Laidoner,_Johan, lk 65
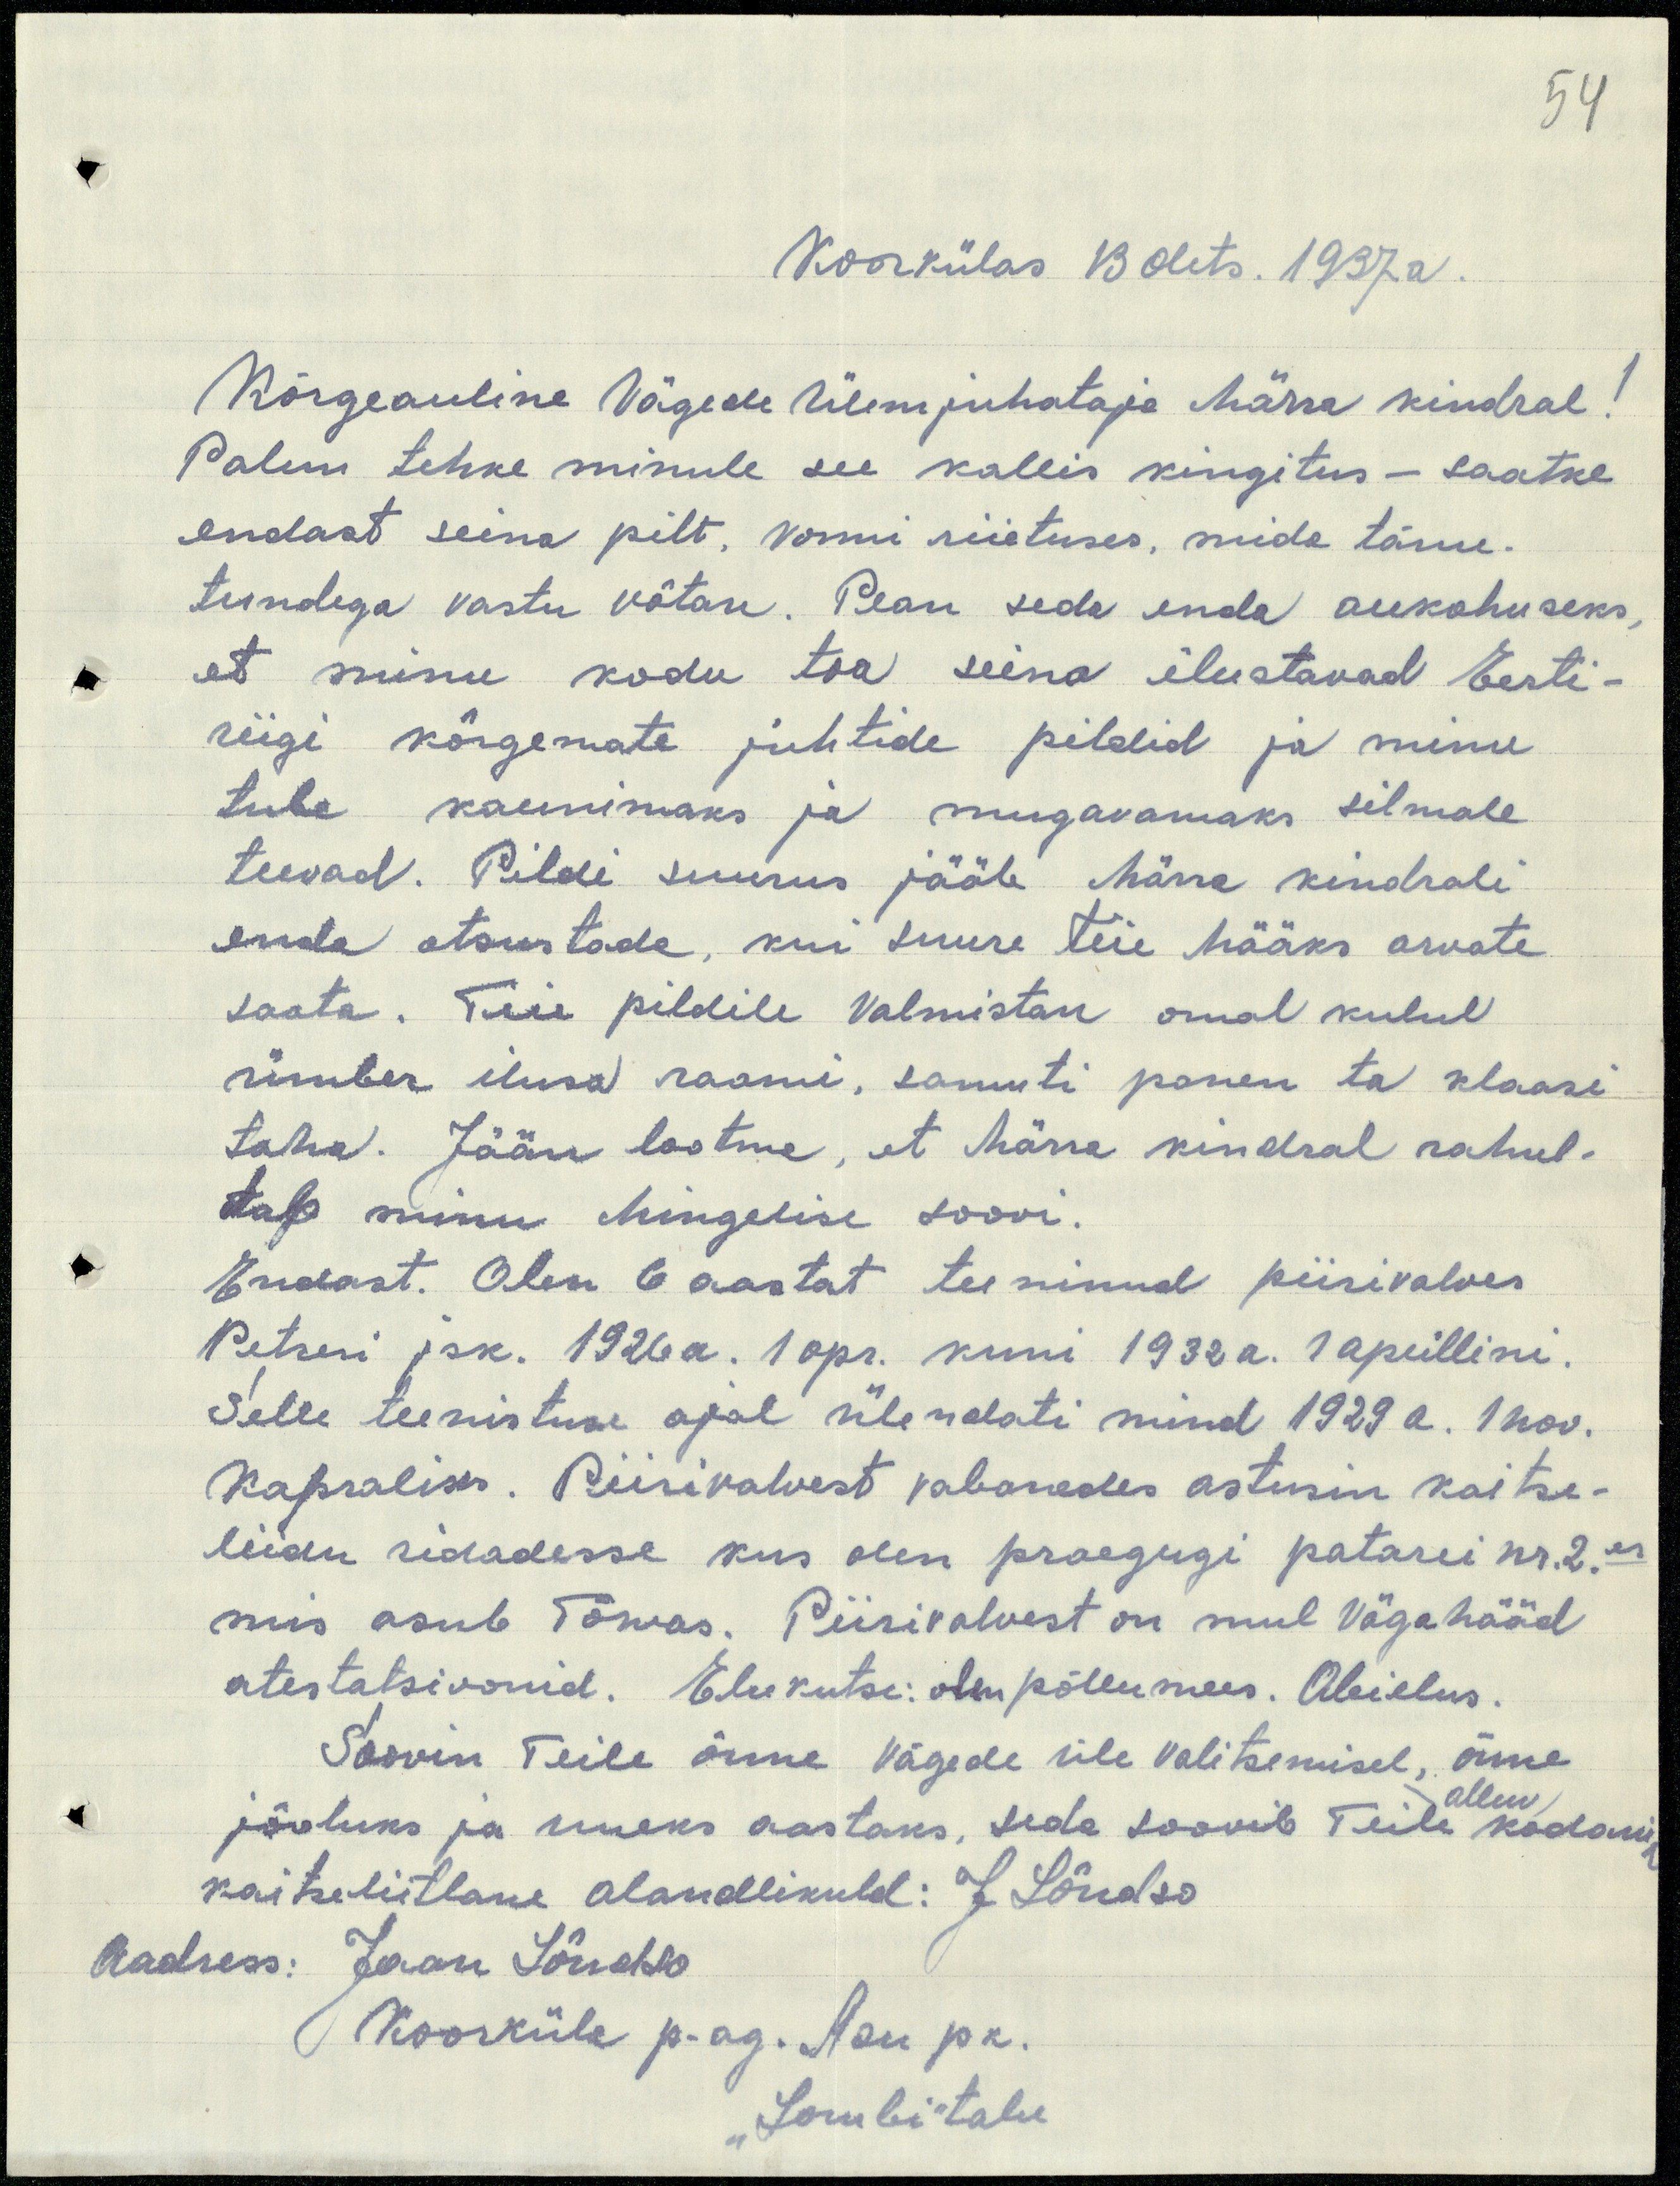
54

Koorkülas 13. dets. 1937.a.
Kõrgeauline Vägede Ülemjuhataja härra kindral!
Palun tehke minule see kallis kingitus - saatke
endast seina pilt, vormi riietuses, mida tänu-
tundega vastu võtan. Pean seda enda aukohuseks,
et minu kodu toa seina ilustavad Eesti-
riigi kõrgemate juhtide pildid ja minu
tuba kaunimaks ja mugavamaks silmale
teevad. Pildi suurus jääb härra kindrali
enda otsustada, kui suure teie hääks arvate
saata. Teie pildile Valmistan omal kulul
ümber ilusa raami, samuti panen ta klaasi
taha. Jään lootma, et härra kindral rahul-
dab minu hingelise soovi.
Endast. Olen 6 aastat teeninud piirivalves
Petseri jsk. 1926 a. 1 apr. kuni 1932 a. 1 aprillini.
Selle teenistuse ajal ühendati mind 1929 a. 1 nov.
Kapraliks. Piirivalvest vabanedes astusin kaitse-
liidu ridadesse kus olen praegugi patarei nr 2.es
mis asub Tõrvas. Piirivalvest on mul Väga hääd
atestatsioonid. Elukutse: olen põllumees. Abielus.
Soovin Teile õnne vägede üle valitsemisel, õnne
alluv
jõuluks ja uueks aastaks, seda soovib Teile kodanik
kaitseliitlane alandlikuld: J. Lõudso
Aadress: Jaan Lõudso
Koorküla p.ag. Aru pk.
"Lombi" talu